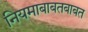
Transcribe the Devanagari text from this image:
नियमाबाबतबाबत